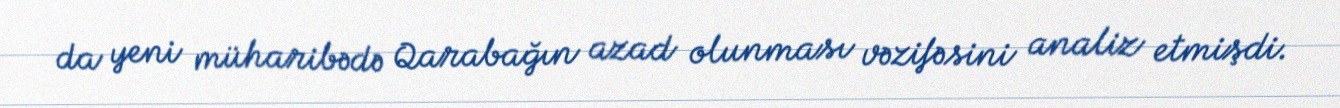
da yeni müharibədə Qarabağın azad olunması vəzifəsini analiz etmişdi.